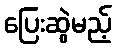
ပြေးဆွဲမည့်